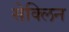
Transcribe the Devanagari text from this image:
सेक्लिन